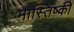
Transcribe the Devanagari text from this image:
मास्तिष्की